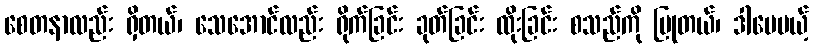
စေတနာလည်း ရှိတယ်၊ သေအောင်လည်း ရိုက်ခြင်း ခုတ်ခြင်း ထိုးခြင်း စသည်ကို ပြုတယ်၊ ဒါပေမယ့်